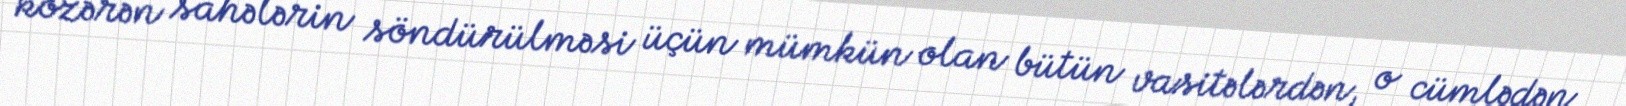
közərən sahələrin söndürülməsi üçün mümkün olan bütün vasitələrdən, o cümlədən